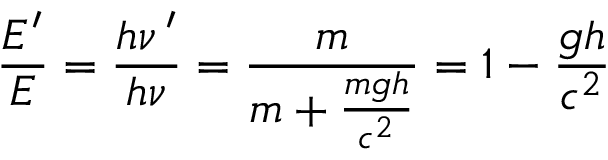
{ \frac { E ^ { \prime } } { E } } = { \frac { h \nu \, ^ { \prime } } { h \nu } } = { \frac { m } { m + { \frac { m g h } { c ^ { 2 } } } } } = 1 - { \frac { g h } { c ^ { 2 } } }